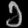
Digit: ၁